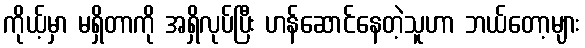
ကိုယ့်မှာ မရှိတာကို အရှိလုပ်ပြီး ဟန်ဆောင်နေတဲ့သူဟာ ဘယ်တော့များ